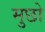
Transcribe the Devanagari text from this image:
मुछो